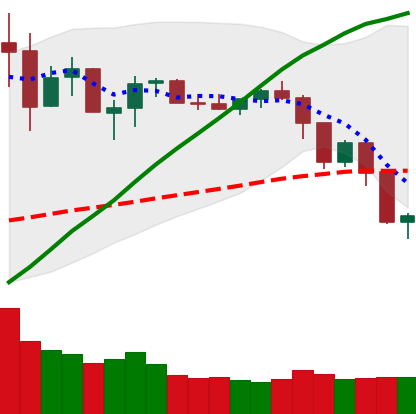
Ticker: NEO-USD
Chart end date: 2019-07-15
Forward return: 8.684%
Label: up_7plus